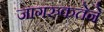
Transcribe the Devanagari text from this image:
जागरुकतेने